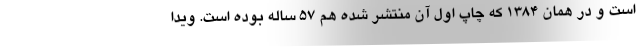
است و در همان 1384 که چاپ اول آن منتشر شده هم 57 ساله بوده است. ویدا